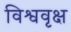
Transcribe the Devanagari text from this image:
विश्ववृक्ष